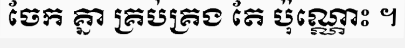
ចែក គ្នា គ្រប់គ្រង តែ ប៉ុណ្ណោះ ។